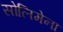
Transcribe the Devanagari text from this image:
सोलिमेना